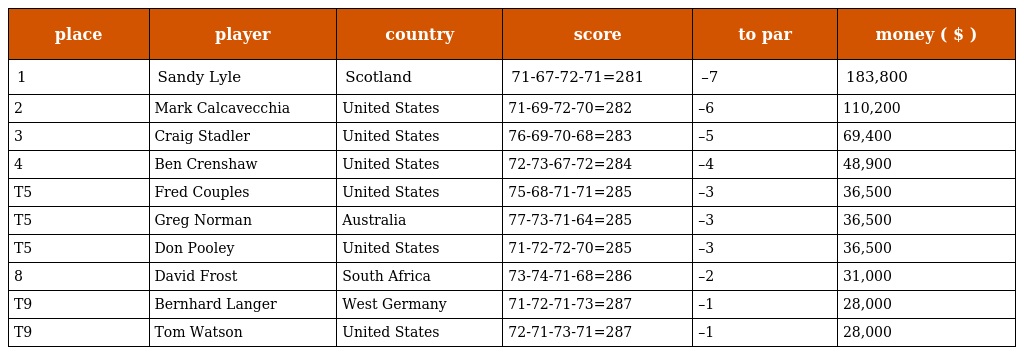
| place | player | country | score | to par | money ( $ ) |
 | --- | --- | --- | --- | --- | --- |
 | 1 | Sandy Lyle | Scotland | 71-67-72-71=281 | –7 | 183,800 |
 | 2 | Mark Calcavecchia | United States | 71-69-72-70=282 | –6 | 110,200 |
 | 3 | Craig Stadler | United States | 76-69-70-68=283 | –5 | 69,400 |
 | 4 | Ben Crenshaw | United States | 72-73-67-72=284 | –4 | 48,900 |
 | T5 | Fred Couples | United States | 75-68-71-71=285 | –3 | 36,500 |
 | T5 | Greg Norman | Australia | 77-73-71-64=285 | –3 | 36,500 |
 | T5 | Don Pooley | United States | 71-72-72-70=285 | –3 | 36,500 |
 | 8 | David Frost | South Africa | 73-74-71-68=286 | –2 | 31,000 |
 | T9 | Bernhard Langer | West Germany | 71-72-71-73=287 | –1 | 28,000 |
 | T9 | Tom Watson | United States | 72-71-73-71=287 | –1 | 28,000 |